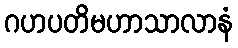
ဂဟပတိမဟာသာလာနံ